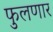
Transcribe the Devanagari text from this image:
फुलणार